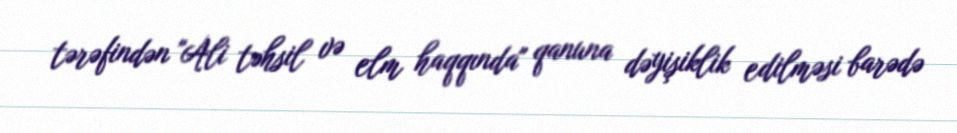
tərəfindən "Ali təhsil və elm haqqında" qanuna dəyişiklik edilməsi barədə